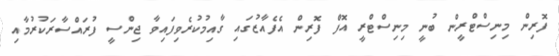
ފޮރިން މިނިސްޓްރީން ބުނީ މިނިސްޓްރީ އޮފް ފޮރިން އެފެއާޒުގައި ގާއިމުކުރެވިފައިވާ ޖިންސީ ފުރައްސާރަކުރުމާއި